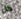
كل